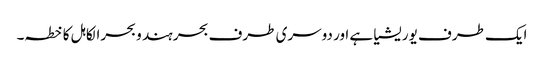
ایک طرف یوریشیا ہے اور دوسری طرف بحر ہند و بحرالکاہل کا خطہ۔